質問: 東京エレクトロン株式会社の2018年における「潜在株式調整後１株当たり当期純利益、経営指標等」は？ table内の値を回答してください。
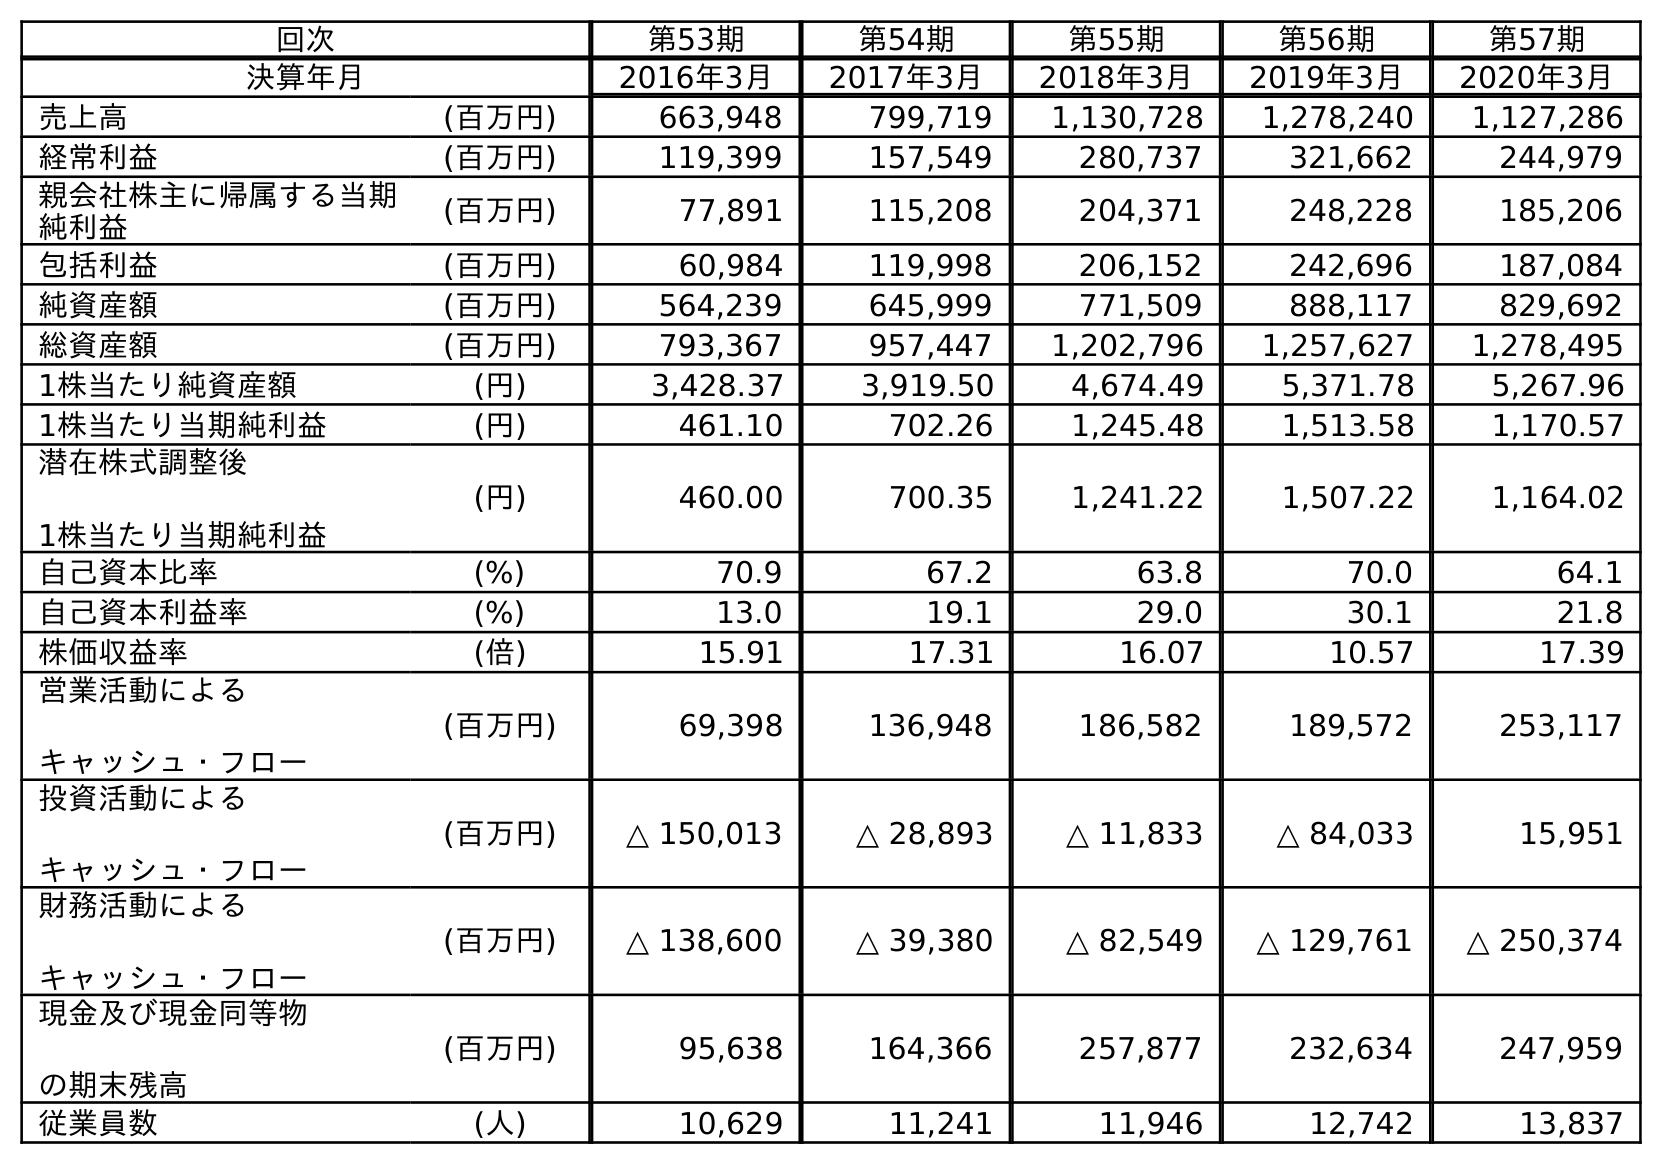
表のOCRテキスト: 回次 第53期 第54期 第55期 第56期 第57期 決算年月 2016年3月 2017年3月 2018年3月 2019年3月 2020年3月 売上高 (百万円) 663,948 799,719 1,130,728 1,278,240 1,127,286 経常利益 (百万円) 119,399 157,549 280,737 321,662 244,979 親会社株主に帰属する当期 純利益 (百万円) 77,891 115,208 204,371 248,228 185,206 包括利益 (百万円) 60,984 119,998 206,152 242,696 187,084 純資産額 (百万円) 564,239 645,999 771,509 888,117 829,692 総資産額 (百万円) 793,367 957,447 1,202,796 1,257,627 1,278,495 1株当たり純資産額 (円) 3,428.37 3,919.50 4,674.49 5,371.78 5,267.96 1株当たり当期純利益 (円) 461.10 702.26 1,245.48 1,513.58 1,170.57 潜在株式調整後 1株当たり当期純利益 (円) 460.00 700.35 1,241.22 1,507.22 1,164.02 自己資本比率 (%) 70.9 67.2 63.8 70.0 64.1 自己資本利益率 (%) 13.0 19.1 29.0 30.1 21.8 株価収益率 (倍) 15.91 17.31 16.07 10.57 17.39 営業活動による キャッシュ・フロー (百万円) 69,398 136,948 186,582 189,572 253,117 投資活動による キャッシュ・フロー (百万円) △ 150,013 △ 28,893 △ 11,833 △ 84,033 15,951 財務活動による キャッシュ・フロー (百万円) △ 138,600 △ 39,380 △ 82,549 △ 129,761 △ 250,374 現金及び現金同等物 の期末残高 (百万円) 95,638 164,366 257,877 232,634 247,959 従業員数 (人) 10,629 11,241 11,946 12,742 13,837
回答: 1,241.22